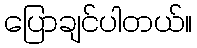
ပြောချင်ပါတယ်။